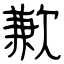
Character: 歉